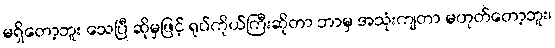
မရှိတော့ဘူး သေပြီ ဆိုမှဖြင့် ရုပ်ကိုယ်ကြီးဆိုတာ ဘာမှ အသုံးကျတာ မဟုတ်တော့ဘူး၊